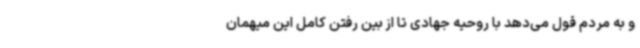
و به مردم قول می‌دهد با روحیه جهادی تا از بین رفتن کامل این میهمان